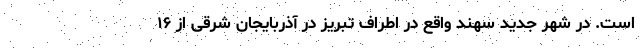
است. در شهر جدید سهند واقع در اطراف تبریز در آذربایجان شرقی از ۱۶